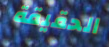
الحقيقة